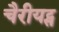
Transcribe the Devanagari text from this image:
चैरीयट्स